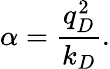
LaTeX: \alpha=\frac{q_{D}^{2}}{k_{D}}.